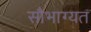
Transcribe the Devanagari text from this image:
सौभाग्यत